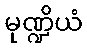
မုဏ္ဍိယံ